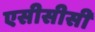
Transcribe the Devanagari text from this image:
एसीसीसी